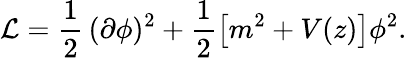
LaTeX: {\cal L}=\frac{1}{2}\, (\partial\phi)^{2}+\frac{1}{2}\left[m^{2}+V(z)\right]\phi^{2}.